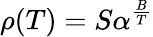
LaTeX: \operatorname{\rho}(T)=S\alpha^{\frac{B}{T}}